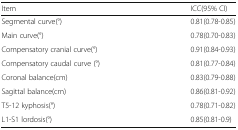
<table><thead><tr><td><b>Item</b></td><td><b>ICC(95% CI)</b></td></tr></thead><tbody><tr><td>Segmental curve(°)</td><td>0.81(0.78-0.85)</td></tr><tr><td>Main curve(°)</td><td>0.78(0.70-0.83)</td></tr><tr><td>Compensatory cranial curve(°)</td><td>0.91(0.84-0.93)</td></tr><tr><td>Compensatory caudal curve (°)</td><td>0.81(0.77-0.84)</td></tr><tr><td>Coronal balance(cm)</td><td>0.83(0.79-0.88)</td></tr><tr><td>Sagittal balance(cm)</td><td>0.86(0.81-0.92)</td></tr><tr><td>T5-12 kyphosis(°)</td><td>0.78(0.71-0.82)</td></tr><tr><td>L1-S1 lordosis(°)</td><td>0.85(0.81-0.9)</td></tr></tbody></table>